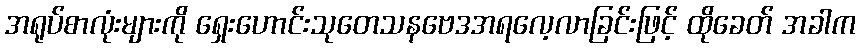
အရုပ်စာလုံးများကို ရှေးဟောင်းသုတေသနဗေဒအရလေ့လာခြင်းဖြင့် ထိုခေတ် အခါက